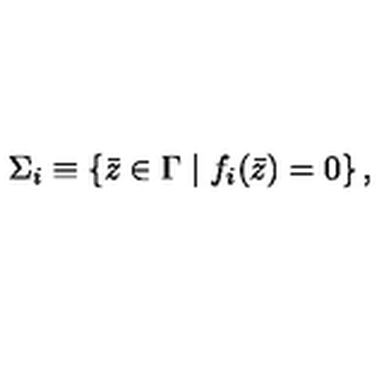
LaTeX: \Sigma _ { i } \equiv \left\{ \bar { z } \in \Gamma \mid f _ { i } ( \bar { z } ) = 0 \right\} ,